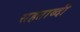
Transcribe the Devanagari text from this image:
सहताब्दी